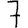
Digit: 7